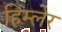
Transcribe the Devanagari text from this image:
हिम्लेर